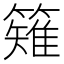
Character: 䉜